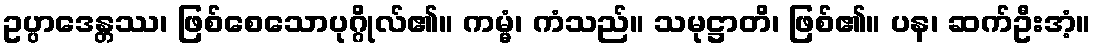
ဥပ္ပာဒေန္တဿ၊ ဖြစ်စေသောပုဂ္ဂိုလ်၏။ ကမ္မံ၊ ကံသည်။ သမုဋ္ဌာတိ၊ ဖြစ်၏။ ပန၊ ဆက်ဦးအံ့။